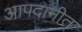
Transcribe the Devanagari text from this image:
आपदानीत